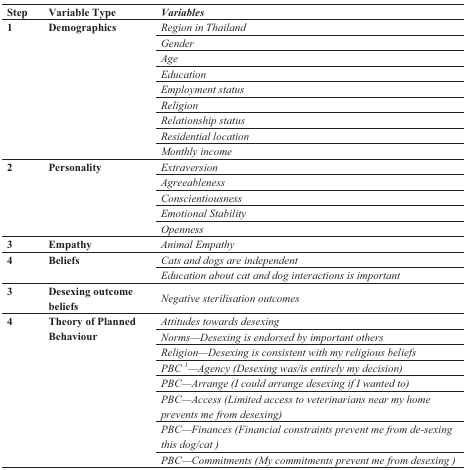
<table><thead><tr><td><b>Step</b></td><td><b>Variable Type</b></td><td><b><i>Variables</i></b></td></tr></thead><tbody><tr><td rowspan="9"><b>1</b></td><td rowspan="9"><b>Demographics</b></td><td><i>Region in Thailand</i></td></tr><tr><td><i>Gender</i></td></tr><tr><td><i>Age</i></td></tr><tr><td><i>Education</i></td></tr><tr><td><i>Employment status</i></td></tr><tr><td><i>Religion</i></td></tr><tr><td><i>Relationship status</i></td></tr><tr><td><i>Residential location</i></td></tr><tr><td><i>Monthly income</i></td></tr><tr><td rowspan="5"><b>2</b></td><td rowspan="5"><b>Personality</b></td><td><i>Extraversion</i></td></tr><tr><td><i>Agreeableness</i></td></tr><tr><td><i>Conscientiousness</i></td></tr><tr><td><i>Emotional Stability</i></td></tr><tr><td><i>Openness</i></td></tr><tr><td><b>3</b></td><td><b>Empathy</b></td><td><i>Animal Empathy</i></td></tr><tr><td rowspan="2"><b>4</b></td><td rowspan="2"><b>Beliefs</b></td><td><i>Cats and dogs are independent</i></td></tr><tr><td><i>Education about cat and dog interactions is important</i></td></tr><tr><td><b>3</b></td><td><b>Desexing outcome beliefs</b></td><td><i>Negative sterilisation outcomes </i></td></tr><tr><td rowspan="8"><b>4</b></td><td rowspan="8"><b>Theory of Planned Behaviour </b></td><td><i>Attitudes towards desexing</i></td></tr><tr><td><i>Norms—Desexing is endorsed by important others</i></td></tr><tr><td><i>Religion—Desexing is consistent with my religious beliefs</i></td></tr><tr><td><i>PBC <sup>1</sup>—Agency (Desexing was/is entirely my decision)</i></td></tr><tr><td><i>PBC—Arrange (I could arrange desexing if I wanted to) </i></td></tr><tr><td><i>PBC—Access (Limited access to veterinarians near my home prevents me from desexing) </i></td></tr><tr><td><i>PBC—Finances (Financial constraints prevent me from de-sexing this dog/cat )</i></td></tr><tr><td><i>PBC—Commitments (My commitments prevent me from desexing )</i></td></tr></tbody></table>